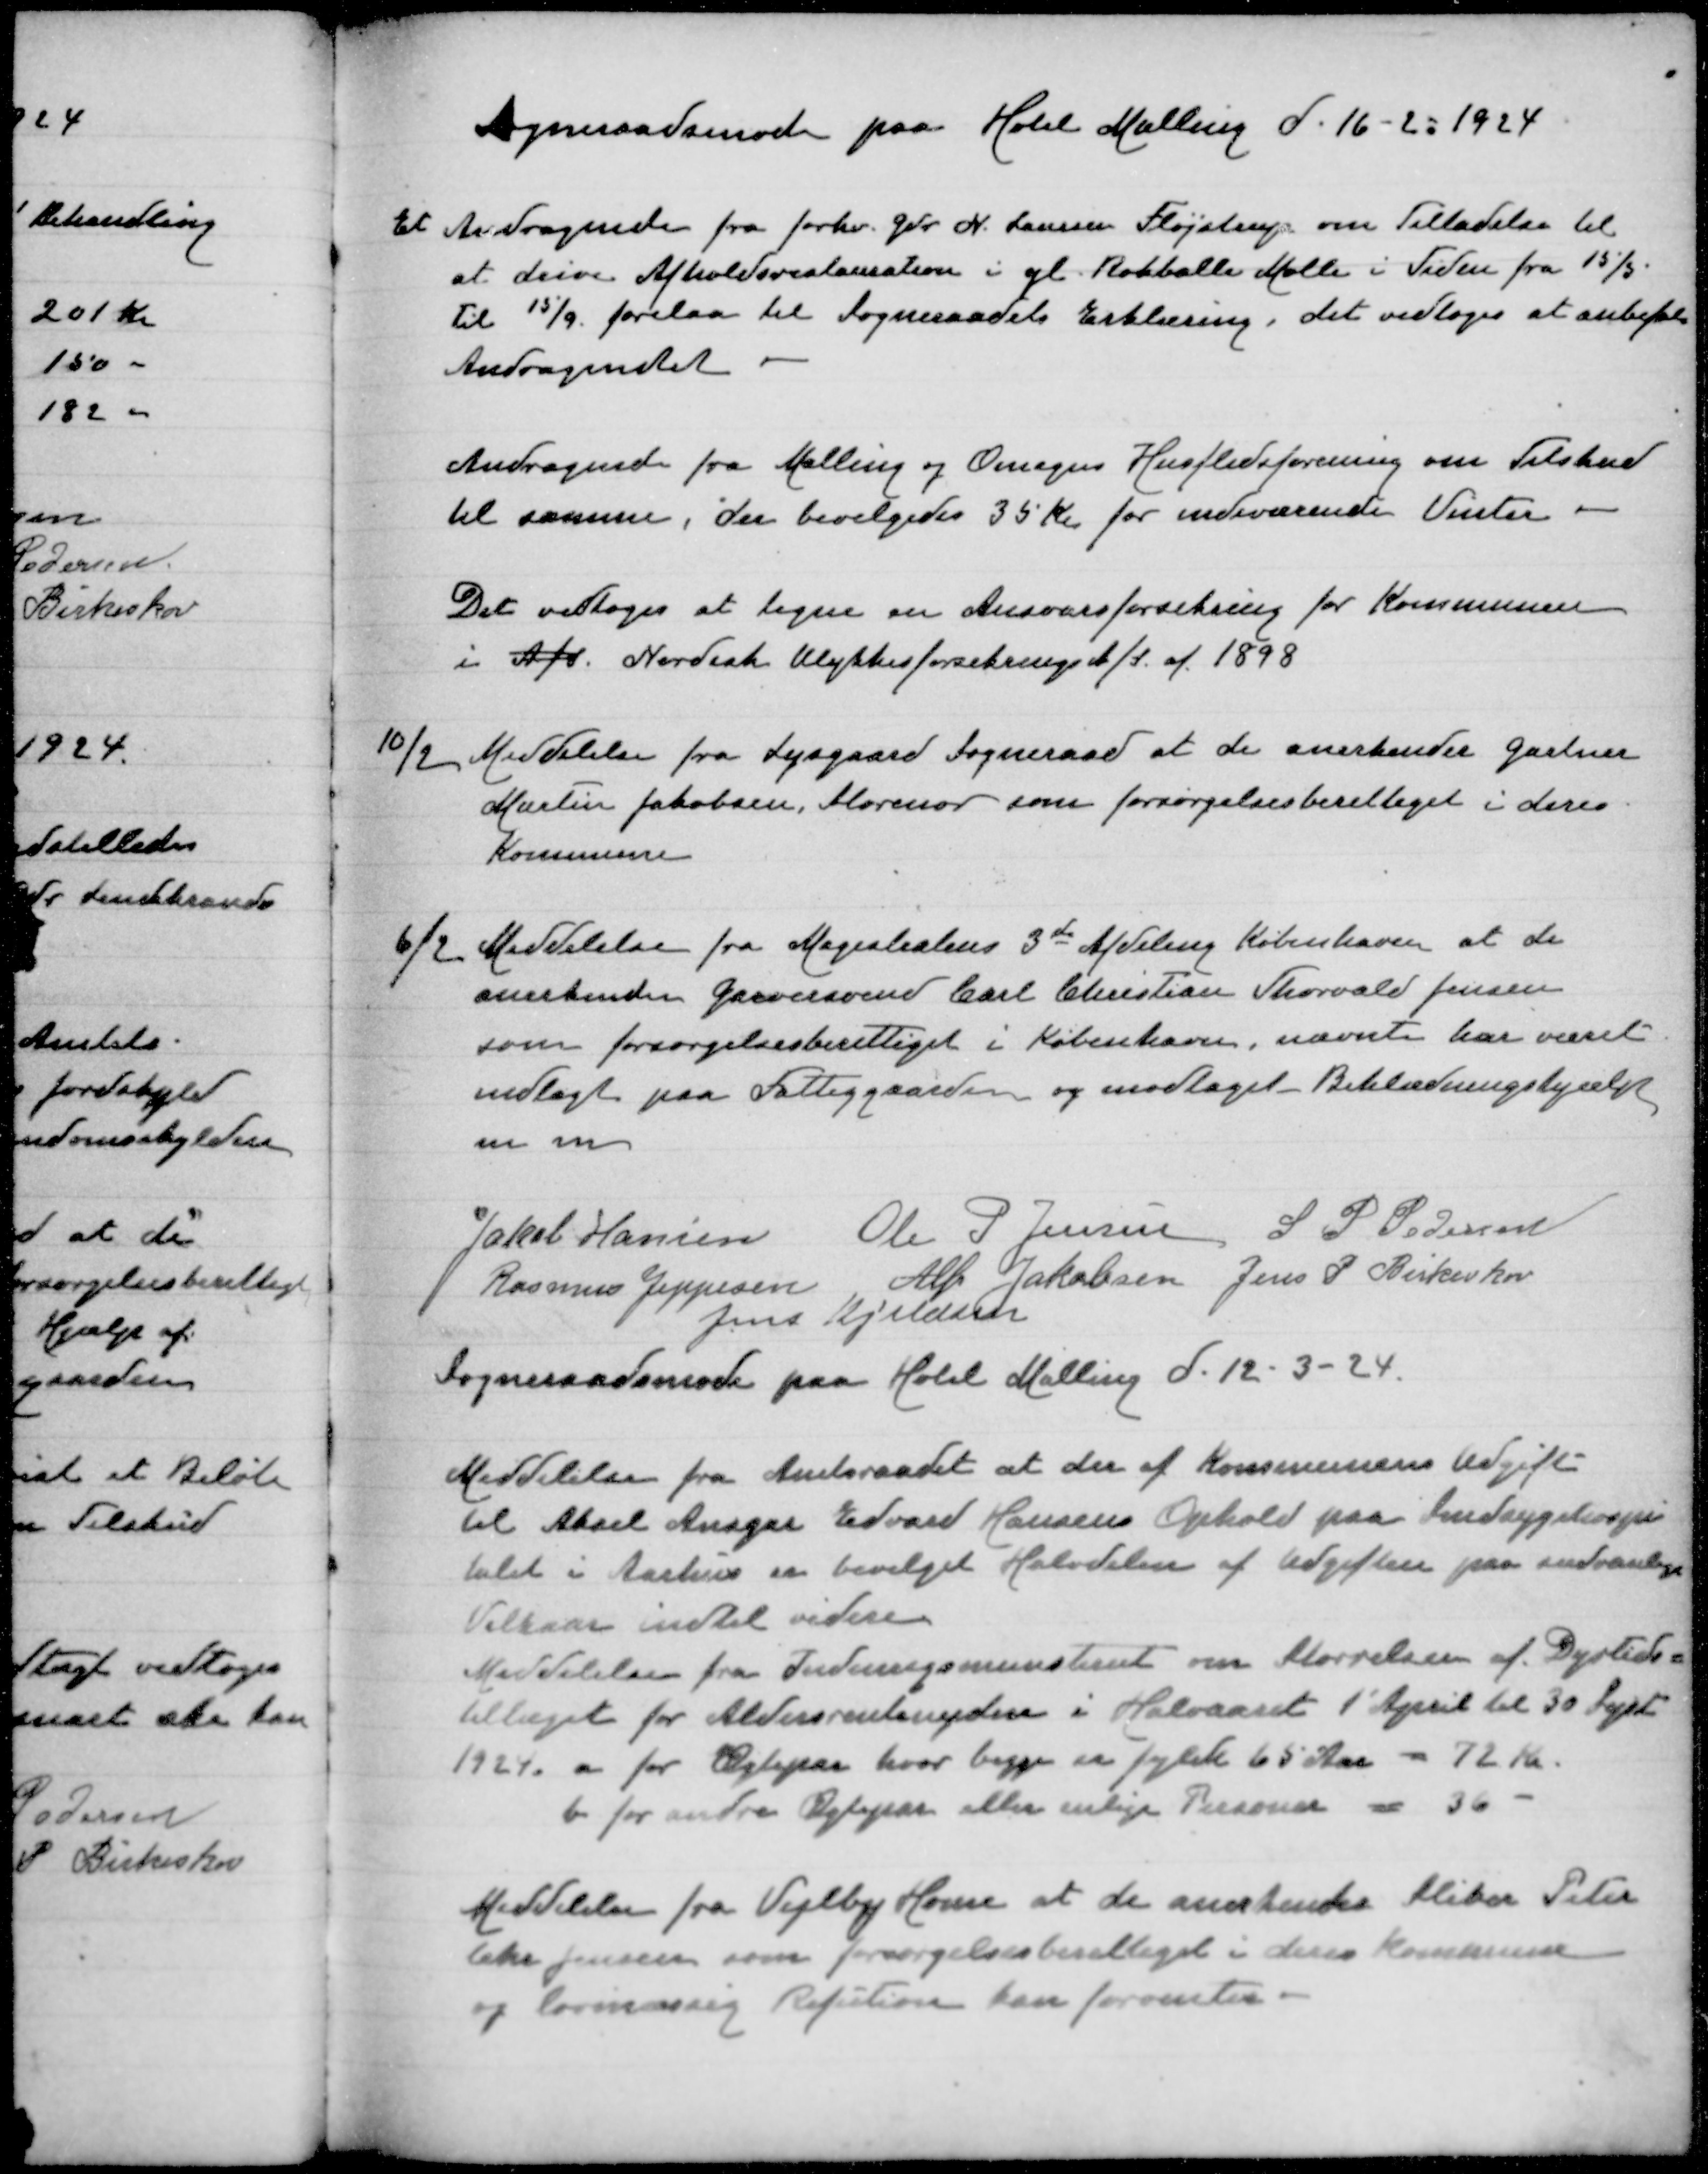
Transskription:
Sogneraadsmøde paa Hotel Malling d 16-2-1924

Et Andragende fra forhv Gdr N Laursen Fløjstrup om Tilladelse til
at drive Afholdsrestauration i gl Rokballe Mølle i Tiden fra 15/5
til 15/9 forelaa til Sogneraadets Erklæring, det vedtoges at anbefale
Andragendet

Andragende fra Malling og Omegns Husmoderforening om Tilskud
til samme, der bevilgedes 35 Kr for indeværende Vinter

Det vedtoges at tegne en Ansvarsforsikring for Kommunen
i A/S Nordisk Ulykkesforsikring A/S af 1898

10/2 Meddelelse fra Lysgaard Sogneraad at de anerkender Gartner
Martin Jakobsen, Storenor somforsørgelsesberettiget i deres
Kommune

6/2 Meddelelse fra Magistratens 3de Afdeling København at de
Anerkende Garversvend Carl Christian Thorvald Jensen
som forsørgelsesberettiget i København, nævnte har været
indlagt paa Fattiggaarden og modtaget Beklædningshjælp
m m

Jakob Hansen
Ole P Jensen
S P Pedersen
Rasmus Jeppesen
Alfr Jakobsen
Jens P Birkeskov
Jens Kjeldsen
Sogneraadsmøde paa Hotel Malling d 12-3-24

Meddelelse fra Amtsraadet at den af Kommunens Afgift
til Aksel Ansgar Edvard Hansens Ophold paa Sindsygehospi
talet i Aarhus er bevilget Halvdelen af Udgiften paa sædvanlige
Vilkaar indtil videre
Meddelelse fra Indenrigsministeriet om Størrelsen af Dyrtids=
tillæget for Aldersrentenydere i Halvaaret 1' April til 30 Sept
1924. a for Ægtepar hvor begge er fyldt 65 Aar = 72 Kr
b for andre Ægtepar eller enlige Personer = 36 -

Meddelelse fra Vejlby Home at de Anerkender Sliber Peter
Chr Jensen som forsørgelsesberettiget i deres Kommune
og lovmæssig Refusion kan forventes